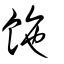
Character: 𩛆